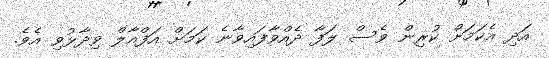
އަދި އެކަމަށް ކުރިން ވެސް ލަފާ ދެއްވާފައިވާނެ ކަމަށް އަފްއާލް ވިދާޅުވި އެވެ.